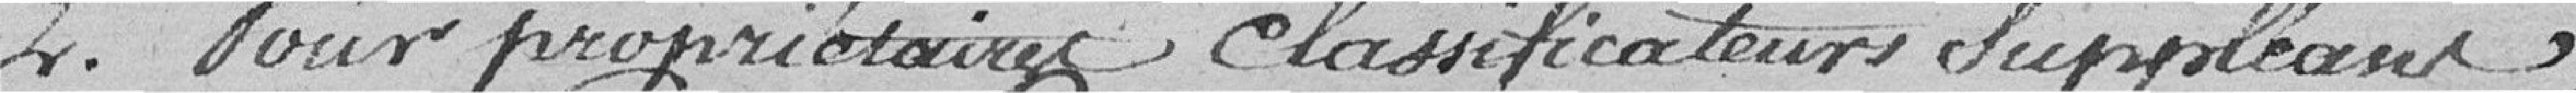
2° pour propriétaires, classificateurs suppléants